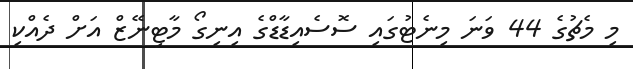
މި މެޗުގެ 44 ވަނަ މިނެޓުގައި ސޮސެއިޑާޑްގެ އިނިގޯ މާޓިނޭޒް އަށް ދެއްކި